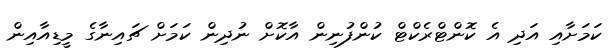
ކަމަށާއި އަދި އެ ކޮންޓްރެކްޓް ކުންފުނިން އާކޮށް ނުދިން ކަމަށް ޗައިނާގެ މީޑިއާއިން